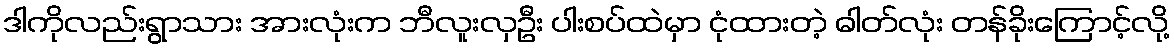
ဒါကိုလည်းရွာသား အားလုံးက ဘီလူးလှဦး ပါးစပ်ထဲမှာ ငုံထားတဲ့ ဓါတ်လုံး တန်ခိုးကြောင့်လို့